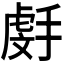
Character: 𫽯